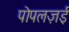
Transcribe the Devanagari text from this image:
पोपलज़ई